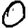
Digit: 0